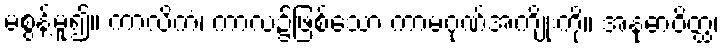
မစွန့်မူ၍။ ကာလိကံ၊ ကာလ၌ဖြစ်သော ကာမဂုဏ်အကျိုးကို။ အနုဓာဝိတ္ထ၊